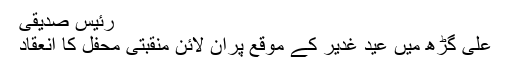
رئیس صدیقی
علی گڑھ میں عید غدیر کے موقع پرآن لائن منقبتی محفل کا انعقاد